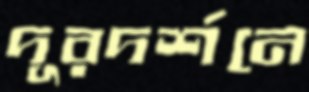
দূরদর্শনে